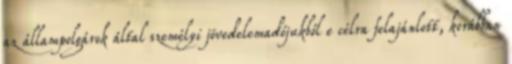
az állampolgárok által személyi jövedelemadójukból e célra felajánlott, korábban